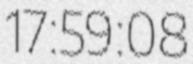
17:59:08